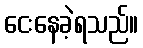
ငေးနေခဲ့ရသည်။